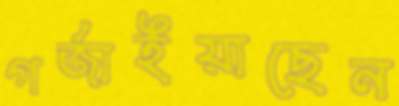
গর্‌জাইয়াছেন